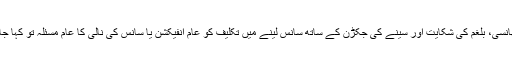
مسلسل کھانسی، بلغم کی شکایت اور سینے کی جکڑن کے ساتھ سانس لینے میں تکلیف کو عام انفیکشن یا سانس کی نالی کا عام مسئلہ تو کہا جاسکتا ہے۔